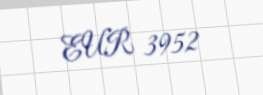
EUR 3952